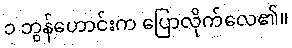
၁ ဘွန်ဟောင်းက ပြောလိုက်လေ၏။